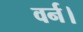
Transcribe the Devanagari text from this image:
वर्न।